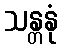
သန္တနုံ